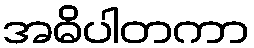
အဓိပါတကာ